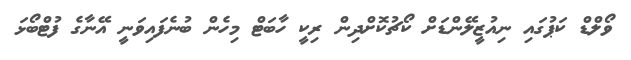
ވޯލްޑް ކަޕުގައި ނިއުޒީލޭންޑަށް ކޯޗުކޮށްދިން ރިކީ ހާބަޓް މިހެން ބުނެފައިވަނީ އޭނާގެ ފުޓްބޯޅަ